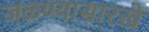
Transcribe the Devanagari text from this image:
जळण्यासारखे